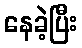
နေခဲ့ပြီး